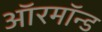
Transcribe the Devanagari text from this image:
ऑरमॉन्ड